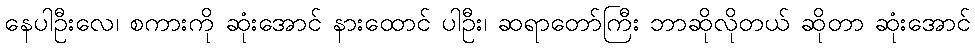
နေပါဦးလေ၊ စကားကို ဆုံးအောင် နားထောင် ပါဦး၊ ဆရာတော်ကြီး ဘာဆိုလိုတယ် ဆိုတာ ဆုံးအောင်